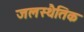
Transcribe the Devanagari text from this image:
जलस्थैतिक